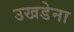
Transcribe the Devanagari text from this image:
उखडेना